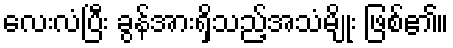
လေးလံပြီး ခွန်အားရှိသည့်အသံမျိုး ဖြစ်၏။